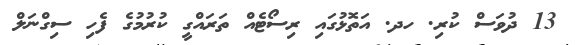
13 ދުވަސް ކުރި. ހދ. އަތޮޅުގައި ރިސޯޓެއް ތަރައްގީ ކުރުމުގެ ފެހި ސިގްނަލް